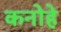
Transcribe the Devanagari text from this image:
कनोहे